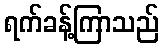
ရက်ခန့်ကြာသည်